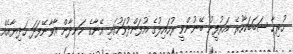
ހުރިހާ ސަބަބަކާހުރެ އަރުފީނު ބޭނުންވީ ރުހައިލުގެ އުފަންދުވަހުގައި އޭނާގެ ހަނދާން އާވާނޭފަދަ ހަދިޔާއެއް